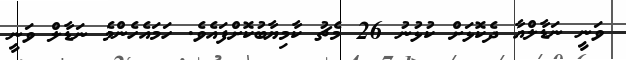
ވަނީ ނަޑާލްއާ ދެކޮޅަށް ކުޅުނު 26 މެޗު ކާމިޔާބުކޮށްފައެވެ. ހަމައެހެންމެ ނަޑާލް ވަނީ